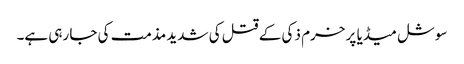
سوشل میڈیا پر خرم ذکی کے قتل کی شدید مذمت کی جا رہی ہے۔